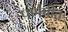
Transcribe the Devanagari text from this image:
पर्णपीत